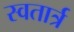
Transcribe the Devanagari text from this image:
स्वतार्त्र